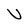
Character: U